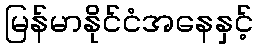
မြန်မာနိုင်ငံအနေနှင့်